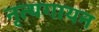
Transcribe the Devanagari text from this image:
नृत्यगायन